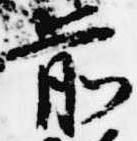
前